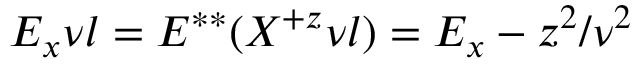
E _ { x } \nu l = E ^ { * * } ( X ^ { + z } \nu l ) = E _ { x } - z ^ { 2 } / \nu ^ { 2 }